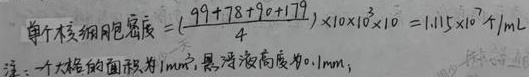
单个核细胞密度 =$\left(\frac{99 + 78+90 + 119}{4}\right)\times10\times10^{6}\times10 = 1.115\times10^{7}\text{个}/\text{mL}$

注：一个大格的面积为$1\text{mm}^2$，悬液高度为$0.1\text{mm}$；